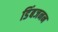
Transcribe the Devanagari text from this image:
डिंबजनन